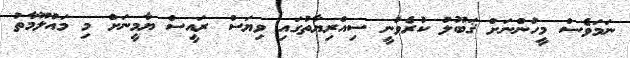
ނަމަވެސް މީހުންނަށް ޤަބޫލު ކުރެވުނީ ސިއްރިޔާތުގައި ވިޔަސް ރައީސް ޔާމީނަށް މި މައުލޫމާތު